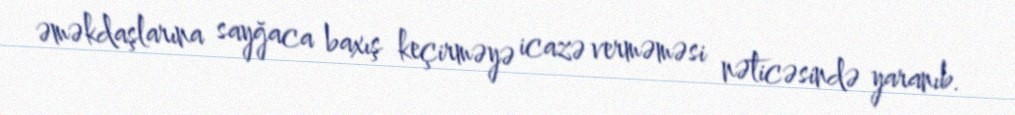
əməkdaşlarına sayğaca baxış keçirməyə icazə verməməsi nəticəsində yaranıb.